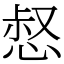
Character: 惄